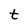
Character: t